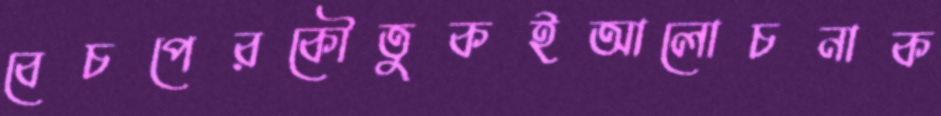
বেচপেরকৌতুকইআলোচনাক